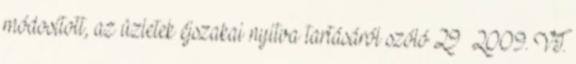
módosított, az üzletek éjszakai nyitva tartásáról szóló 29 2009. VI.